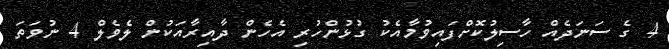
4 ގެ ސަނަދެއް ހާސިލުކޮށްފައިވުމާއެކު ގުޅުންހުރި އެހެން ދާއިރާއަކުން ލެވެލް 4 ނުވަތަ